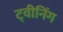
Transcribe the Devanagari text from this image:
ट्वीनिंग